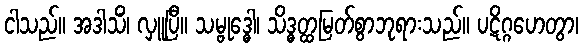
ငါသည်။ အဒါသိံ၊ လှူပြီ။ သမ္ဗုဒ္ဓေါ၊ သိဒ္ဓတ္ထမြတ်စွာဘုရားသည်။ ပဋိဂ္ဂဟေတွာ၊